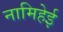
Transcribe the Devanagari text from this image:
नामिहेई